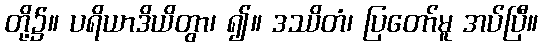
တို့၌။ ပရိယာဒိယိတွာ၊ ၍။ ဒဿိတံ၊ ပြတော်မူ အပ်ပြီ။